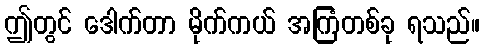
ဤတွင် ဒေါက်တာ မိုက်ကယ် အကြံတစ်ခု ရသည်။